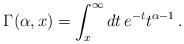
LaTeX: \begin{align*}\Gamma(\alpha ,x)=\int_{x}^{\infty}dt\, e^{-t}t^{\alpha-1}\,.\end{align*}